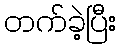
တက်ခဲ့ပြီး